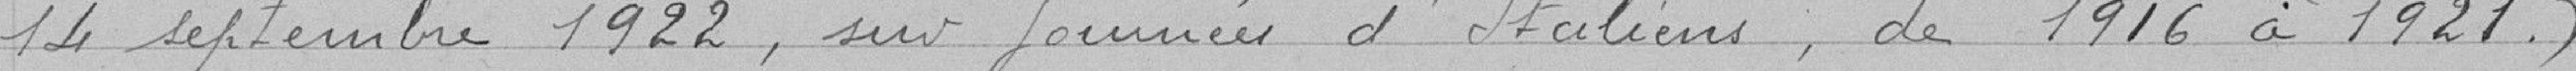
14 septembre1922, sur une journée d'Italiens, de 1916 à 1921.)